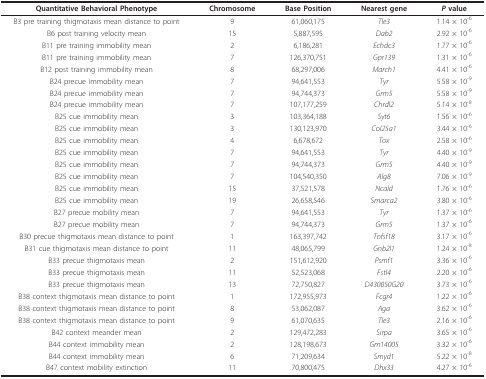
<table><thead><tr><td><b>Quantitative Behavioral Phenotype</b></td><td><b>Chromosome</b></td><td><b>Base Position</b></td><td><b>Nearest gene</b></td><td><b><i>P </i>value</b></td></tr></thead><tbody><tr><td>B3 pre training thigmotaxis mean distance to point</td><td>9</td><td>61,060,175</td><td><i>Tle3</i></td><td>1.14 × 10<sup>-6</sup></td></tr><tr><td>B6 post training velocity mean</td><td>15</td><td>5,887,595</td><td><i>Dab2</i></td><td>2.92 × 10<sup>-6</sup></td></tr><tr><td>B11 pre training immobility mean</td><td>2</td><td>6,186,281</td><td><i>Echdc3</i></td><td>1.77 × 10<sup>-6</sup></td></tr><tr><td>B11 pre training immobility mean</td><td>7</td><td>126,370,751</td><td><i>Gpr139</i></td><td>1.31 × 10<sup>-6</sup></td></tr><tr><td>B12 post training immobility mean</td><td>8</td><td>68,297,006</td><td><i>March1</i></td><td>4.41 × 10<sup>-6</sup></td></tr><tr><td>B24 precue immobility mean</td><td>7</td><td>94,641,553</td><td><i>Tyr</i></td><td>5.58 × 10<sup>-9</sup></td></tr><tr><td>B24 precue immobility mean</td><td>7</td><td>94,744,373</td><td><i>Grm5</i></td><td>5.58 × 10<sup>-9</sup></td></tr><tr><td>B24 precue immobility mean</td><td>7</td><td>107,177,259</td><td><i>Chrdl2</i></td><td>5.14 × 10<sup>-8</sup></td></tr><tr><td>B25 cue immobility mean</td><td>3</td><td>103,364,188</td><td><i>Syt6</i></td><td>1.56 × 10<sup>-6</sup></td></tr><tr><td>B25 cue immobility mean</td><td>3</td><td>130,123,970</td><td><i>Col25a1</i></td><td>3.44 × 10<sup>-6</sup></td></tr><tr><td>B25 cue immobility mean</td><td>4</td><td>6,678,672</td><td><i>Tox</i></td><td>2.58 × 10<sup>-6</sup></td></tr><tr><td>B25 cue immobility mean</td><td>7</td><td>94,641,553</td><td><i>Tyr</i></td><td>4.40 × 10<sup>-9</sup></td></tr><tr><td>B25 cue immobility mean</td><td>7</td><td>94,744,373</td><td><i>Grm5</i></td><td>4.40 × 10<sup>-9</sup></td></tr><tr><td>B25 cue immobility mean</td><td>7</td><td>104,540,350</td><td><i>Alg8</i></td><td>7.06 × 10<sup>-9</sup></td></tr><tr><td>B25 cue immobility mean</td><td>15</td><td>37,521,578</td><td><i>Ncald</i></td><td>1.76 × 10<sup>-6</sup></td></tr><tr><td>B25 cue immobility mean</td><td>19</td><td>26,658,546</td><td><i>Smarca2</i></td><td>3.80 × 10<sup>-6</sup></td></tr><tr><td>B27 precue mobility mean</td><td>7</td><td>94,641,553</td><td><i>Tyr</i></td><td>1.37 × 10<sup>-6</sup></td></tr><tr><td>B27 precue mobility mean</td><td>7</td><td>94,744,373</td><td><i>Grm5</i></td><td>1.37 × 10<sup>-6</sup></td></tr><tr><td>B30 precue thigmotaxis mean distance to point</td><td>1</td><td>163,397,742</td><td><i>Tnfsf18</i></td><td>3.17 × 10<sup>-6</sup></td></tr><tr><td>B31 cue thigmotaxis mean distance to point</td><td>11</td><td>48,065,799</td><td><i>Gnb2l1</i></td><td>1.24 × 10<sup>-8</sup></td></tr><tr><td>B33 precue thigmotaxis mean</td><td>2</td><td>151,612,920</td><td><i>Psmf1</i></td><td>3.36 × 10<sup>-6</sup></td></tr><tr><td>B33 precue thigmotaxis mean</td><td>11</td><td>52,523,068</td><td><i>Fstl4</i></td><td>2.20 × 10<sup>-6</sup></td></tr><tr><td>B33 precue thigmotaxis mean</td><td>13</td><td>72,750,827</td><td><i>D430050G20</i></td><td>3.73 × 10<sup>-6</sup></td></tr><tr><td>B38 context thigmotaxis mean distance to point</td><td>1</td><td>172,955,973</td><td><i>Fcgr4</i></td><td>1.22 × 10<sup>-6</sup></td></tr><tr><td>B38 context thigmotaxis mean distance to point</td><td>8</td><td>53,062,087</td><td><i>Aga</i></td><td>3.62 × 10<sup>-6</sup></td></tr><tr><td>B38 context thigmotaxis mean distance to point</td><td>9</td><td>61,070,635</td><td><i>Tle3</i></td><td>2.16 × 10<sup>-6</sup></td></tr><tr><td>B42 context meander mean</td><td>2</td><td>129,472,283</td><td><i>Sirpa</i></td><td>3.65 × 10<sup>-6</sup></td></tr><tr><td>B44 context immobility mean</td><td>2</td><td>128,198,673</td><td><i>Gm14005</i></td><td>3.32 × 10<sup>-6</sup></td></tr><tr><td>B44 context immobility mean</td><td>6</td><td>71,209,634</td><td><i>Smyd1</i></td><td>5.22 × 10<sup>-8</sup></td></tr><tr><td>B47 context mobility extinction</td><td>11</td><td>70,800,475</td><td><i>Dhx33</i></td><td>4.27 × 10<sup>-6</sup></td></tr></tbody></table>